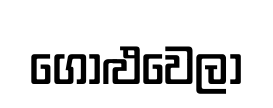
ගොළුවෙලා